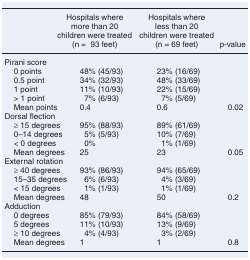
|  | Hospitals where more than 20 children were treated (n = 93 feet) | Hospitals where less than 20 children were treated (n = 69 feet) | p-value |
 | --- | --- | --- | --- |
 | Pirani score |  |  |  |
 | 0 points | 48% (45/93) | 23% (16/69) |  |
 | 0.5 point | 34% (32/93) | 48% (33/69) |  |
 | 1 point | 11% (10/93) | 22% (15/69) |  |
 | > 1 point | 7% (6/93) | 7% (5/69) |  |
 | Mean points | 0.4 | 0.6 | 0.02 |
 | Dorsal flection |  |  |  |
 | ≥ 15 degrees | 95% (88/93) | 89% (61/69) |  |
 | 0–14 degrees | 5% (5/93) | 10% (7/69) |  |
 | < 0 degrees | 0% | 1% (1/69) |  |
 | Mean degrees | 25 | 23 | 0.05 |
 | External rotation |  |  |  |
 | ≥ 40 degrees | 93% (86/93) | 94% (65/69) |  |
 | 15–35 degrees | 6% (6/93) | 4% (3/69) |  |
 | < 15 degrees | 1% (1/93) | 1% (1/69) |  |
 | Mean degrees | 48 | 50 | 0.2 |
 | Adduction |  |  |  |
 | 0 degrees | 85% (79/93) | 84% (58/69) |  |
 | 5 degrees | 11% (10/93) | 13% (9/69) |  |
 | ≥ 10 degrees | 4% (4/93) | 3% (2/69) |  |
 | Mean degrees | 1 | 1 | 0.8 |